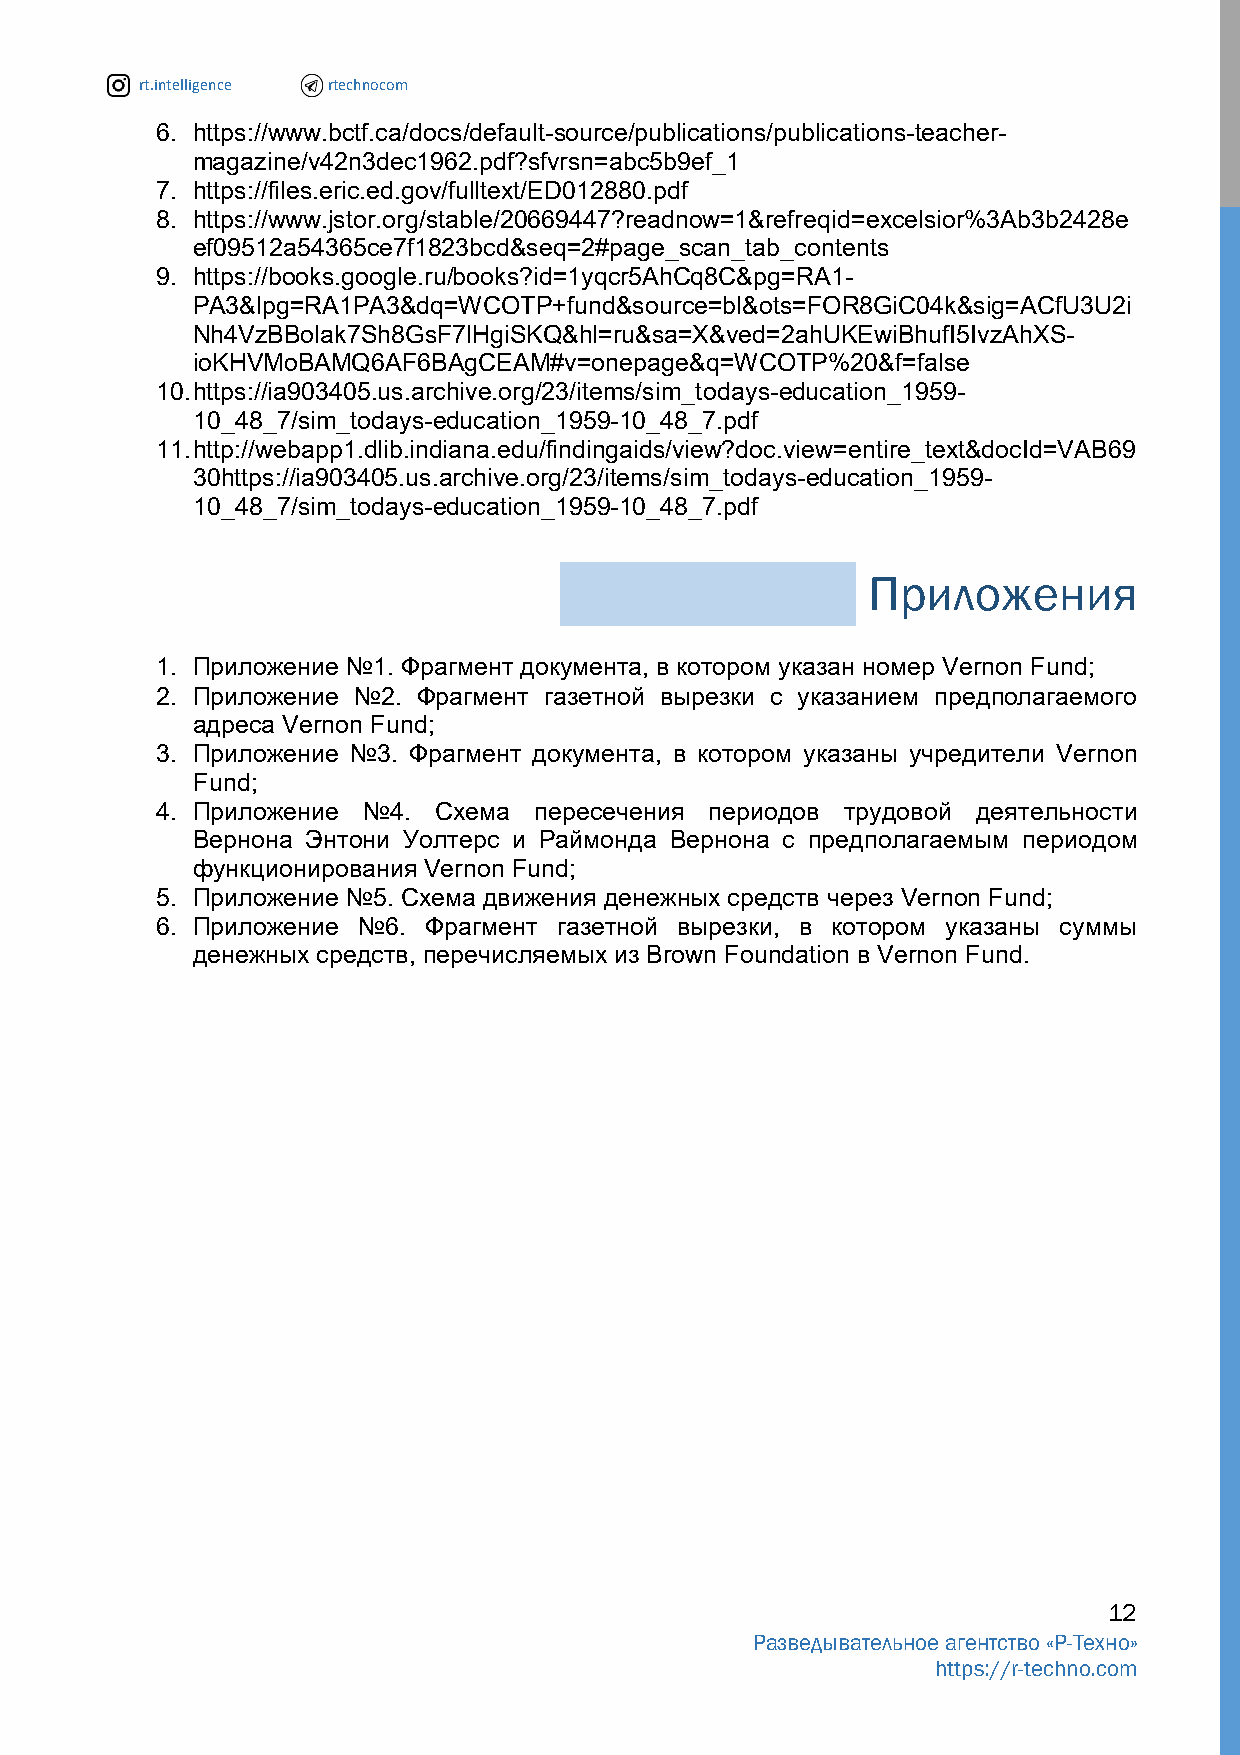
rt.intelligence rtechnocom
 6. https://www.bctf.ca/docs/default-source/publications/publications-teacher-
 magazine/v42n3dec1962.pdf?sfvrsn=abc5b9ef_1
 7. https://files.eric.ed.gov/fulltext/ED012880.pdf
 8. https://www.jstor.org/stable/20669447?readnow=1&refreqid=excelsior%3Ab3b2428e
 ef09512a54365ce7f1823bcd&seq=2#page_scan_tab_contents
 9. https://books.google.ru/books?id=1yqcr5AhCq8C&pg=RA1-
 PA3&lpg=RA1PA3&dq=WCOTP+fund&source=bl&ots=FOR8GiC04k&sig=ACfU3U2i
 Nh4VzBBolak7Sh8GsF7lHgiSKQ&hl=ru&sa=X&ved=2ahUKEwiBhufI5IvzAhXS-
 ioKHVMoBAMQ6AF6BAgCEAM#v=onepage&q=WCOTP%20&f=false
 10. https://ia903405.us.archive.org/23/items/sim_todays-education_1959-
 10_48_7/sim_todays-education_1959-10_48_7.pdf
 11. http://webapp1.dlib.indiana.edu/findingaids/view?doc.view=entire_text&docId=VAB69
 30https://ia903405.us.archive.org/23/items/sim_todays-education_1959-
 10_48_7/sim_todays-education_1959-10_48_7.pdf
 Приложения
 1. Приложение №1. Фрагмент документа, в котором указан номер Vernon Fund;
 2. Приложение №2. Фрагмент газетной вырезки с указанием предполагаемого
 адреса Vernon Fund;
 3. Приложение №3. Фрагмент документа, в котором указаны учредители Vernon
 Fund;
 4. Приложение №4.  Схема пересечения периодов трудовой деятельности
 Вернона Энтони Уолтерс и Раймонда Вернона с предполагаемым периодом
 функционирования Vernon Fund;
 5. Приложение №5. Схема движения денежных средств через Vernon Fund;
 6. Приложение №6. Фрагмент газетной вырезки, в котором указаны суммы
 денежных средств, перечисляемых из Brown Foundation в Vernon Fund.
 12
 Разведывательное агентство «Р-Техно»
 https://r-techno.com